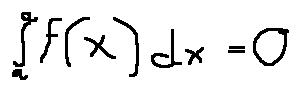
\int \limits _ { a } ^ { a } f ( x ) d x = 0